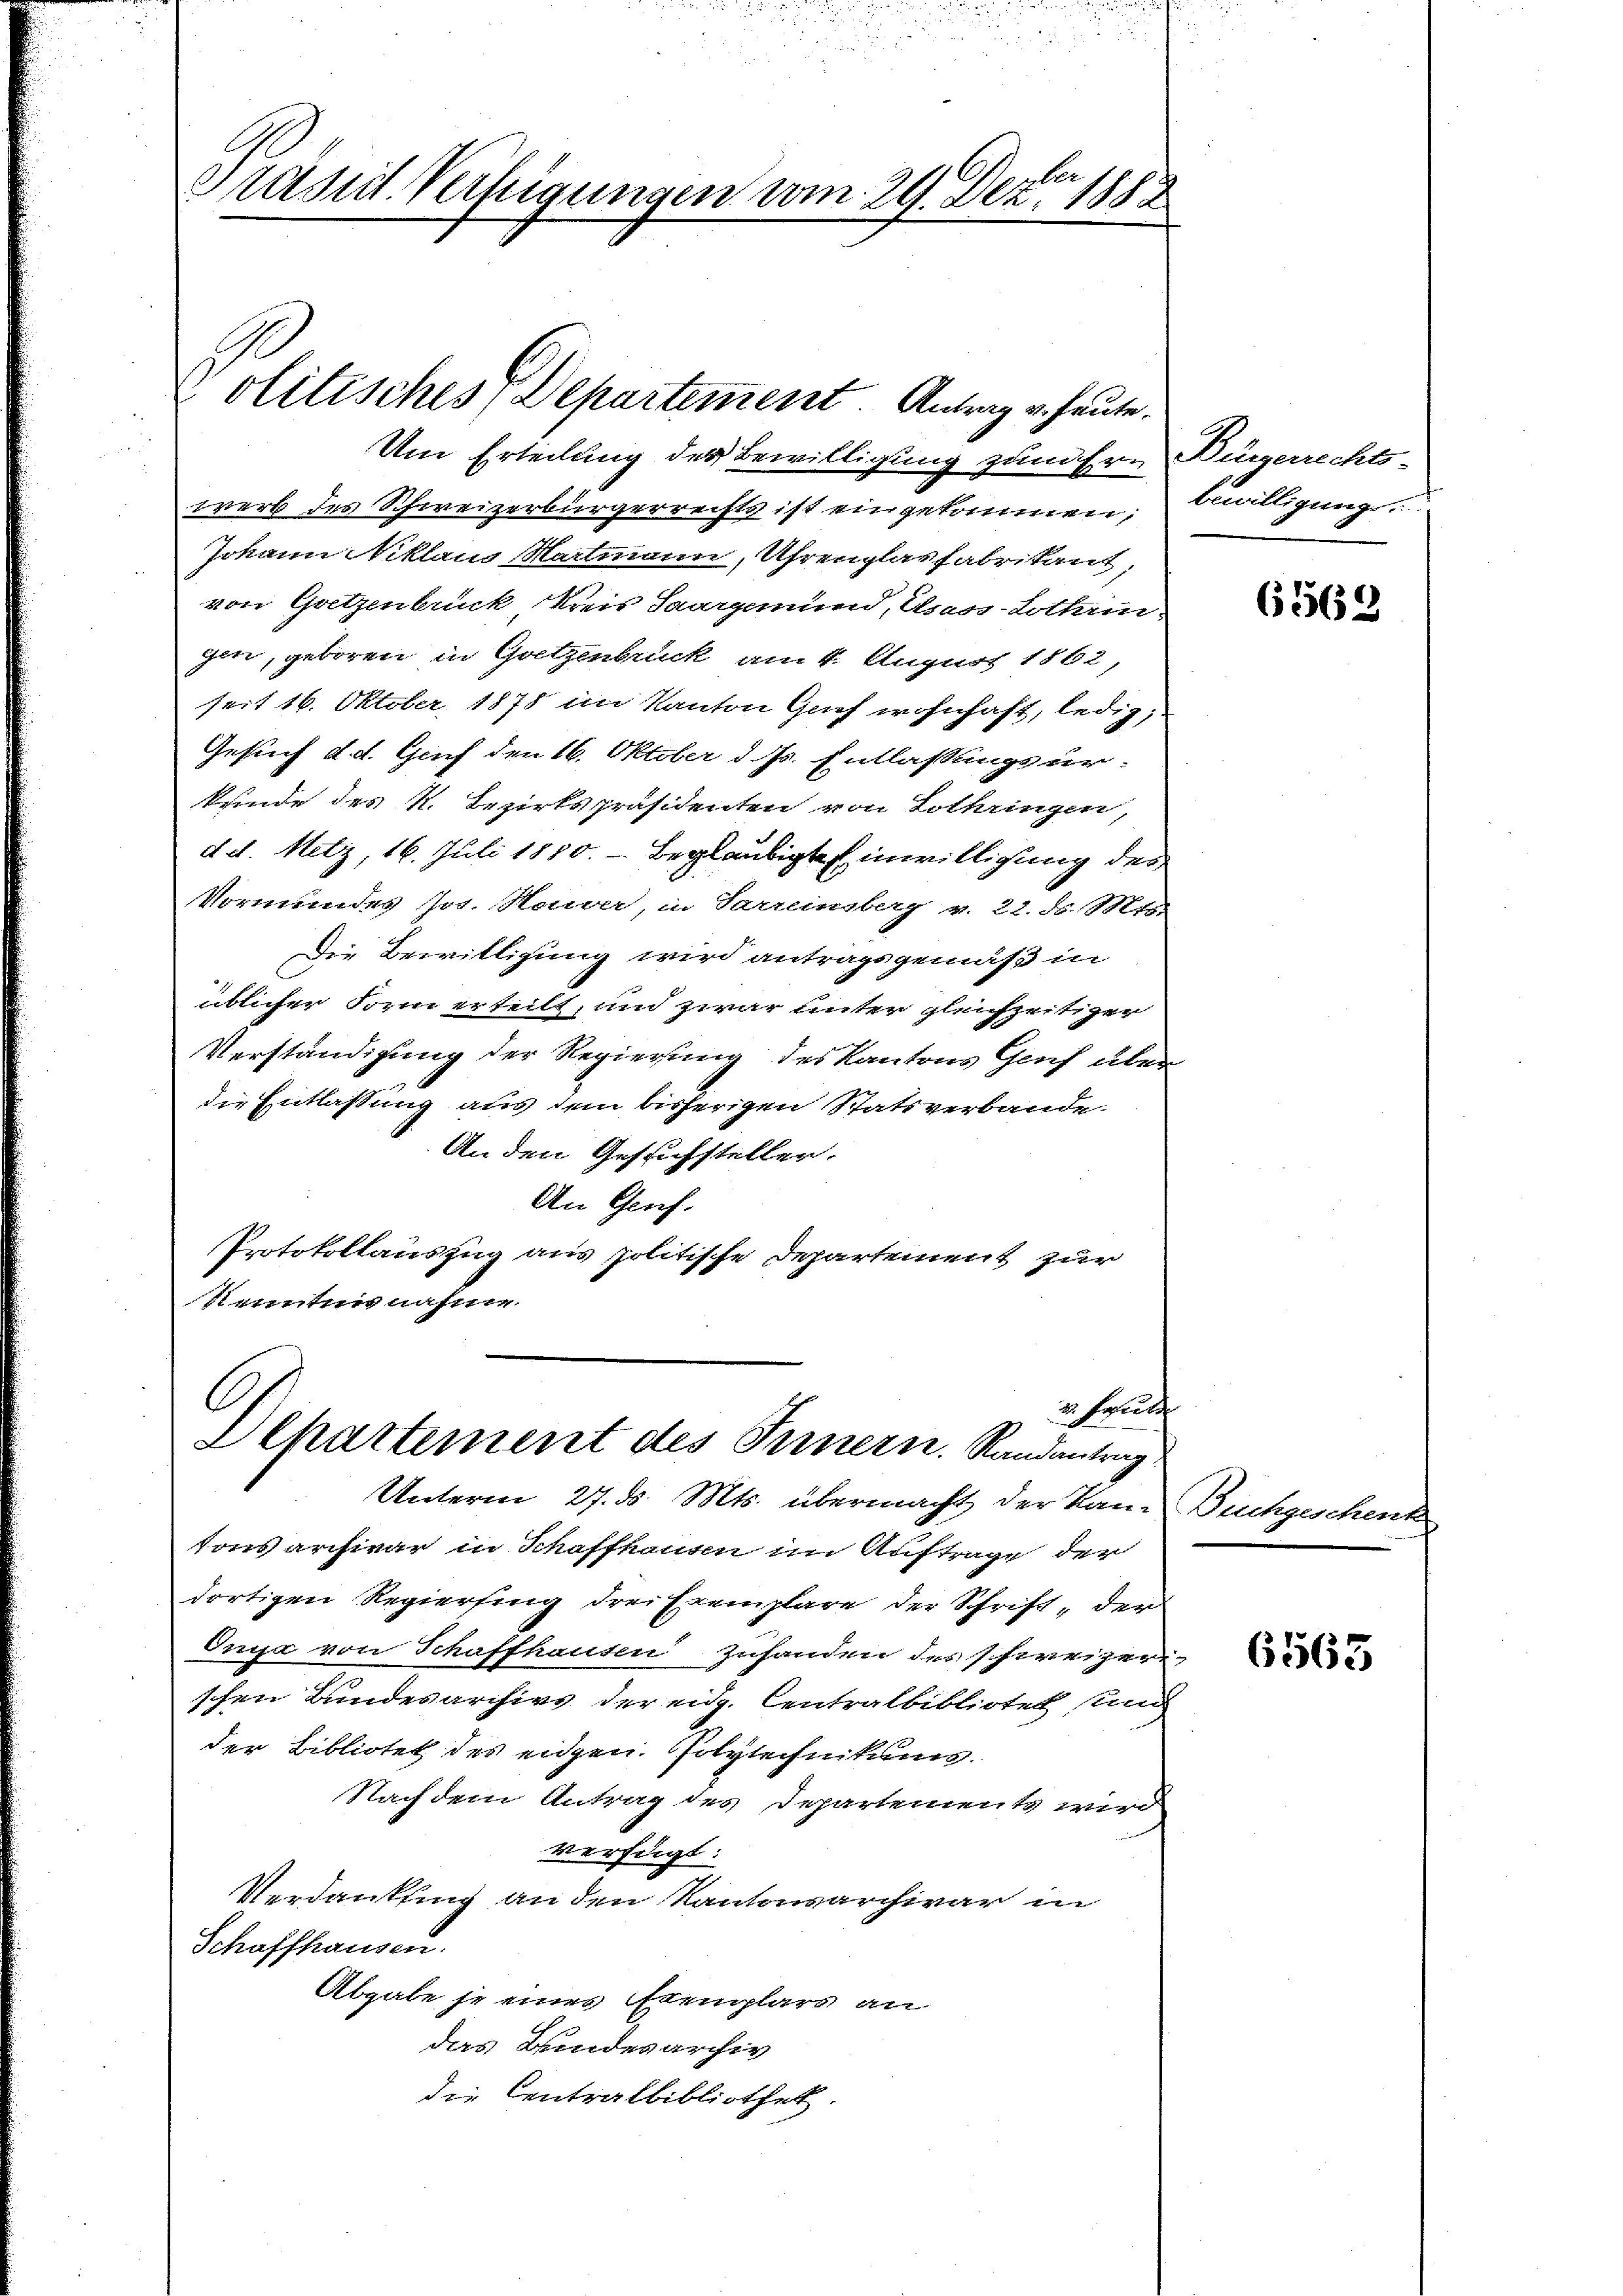
srusich Vertigungen vom 29. Dez. 1882

olitisches Departement. Antrag v. heute.

Um Erteilung der Bewilligung zunähre
werb des Schweizerbürgerrechts ist ein gekommen,
Jokann Niklaus Hartmann, Uhrenglasfabrikant,
von Goetzenbrück Kreis Saargemund, Elsass Lotterin
gen, geboren in Goetzenbruck am 4. August 1862,
seit 16. Oktober, 1875 im Kanton Gich wohnhaft, ledig,
Gesuch d. d. Genf den 16. Oktober d. Js. Entlassungsur.
kunde des K. Bezirkspräsidenten von Lothringen,
d d. Metz, 16. Juli 1880. - Beglaubigte Einwilligung des
Vormundes Jos. Honder, in Parreinsberg v. 22. d. Mts.
Die Bewilligung wird antragsgemäß in
üblicher Form erteilt, und zwar unter gleichzeitiger
Verständigung der Regierung des Kantons Genf aber
die Entlassung aus dem bisherigen Statsverbande
An den Gesuchstellen.
An Genf.
Protokollauszug aus politische Departement zur
Renntnis nahme.

C
3 Fould
-Chartement des Innern. Randentrag

Unterm 27. d. Mts. übermacht der Kan-
tons archivar in Schaffhausen im Auftrage der
dortigen Regierung drei Exemplare der Schrift, der
Inga von Schaffhausen zuhanden des schweizer
schen Bundesarchivs der eidg. Centralbibliotek und
der Bibliotek des eidgen. Polytechnikums
Nach dem Antrag des Departements wird
verfügt:
Verdankling an den Kantonarchivar in
Schaffhausen.
Abgabe se eines Exemplars an
das Bundesarchiv
die Centralbibliothek.

Bürgerrechts¬
Bewilligung

563

Buchgeschent

6365